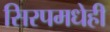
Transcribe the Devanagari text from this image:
सिरपमधेही